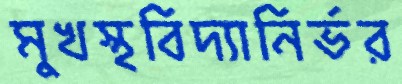
মুখস্থবিদ্যানির্ভর